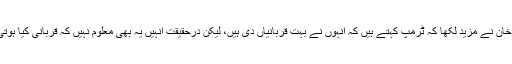
غزالہ خان نے مزید لکھا کہ ٹرمپ کہتے ہیں کہ انہوں نے بہت قربانیاں دی ہیں، لیکن درحقیقت انہیں یہ بھی معلوم نہیں کہ قربانی کیا ہوتی ہے؟